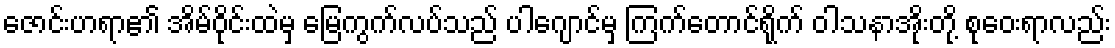
ဇောင်းဟရာ၏ အိမ်ဝိုင်းထဲမှ မြေကွက်လပ်သည် ပါဂျောင်မှ ကြက်တောင်ရိုက် ဝါသနာအိုးတို့ စုဝေးရာလည်း